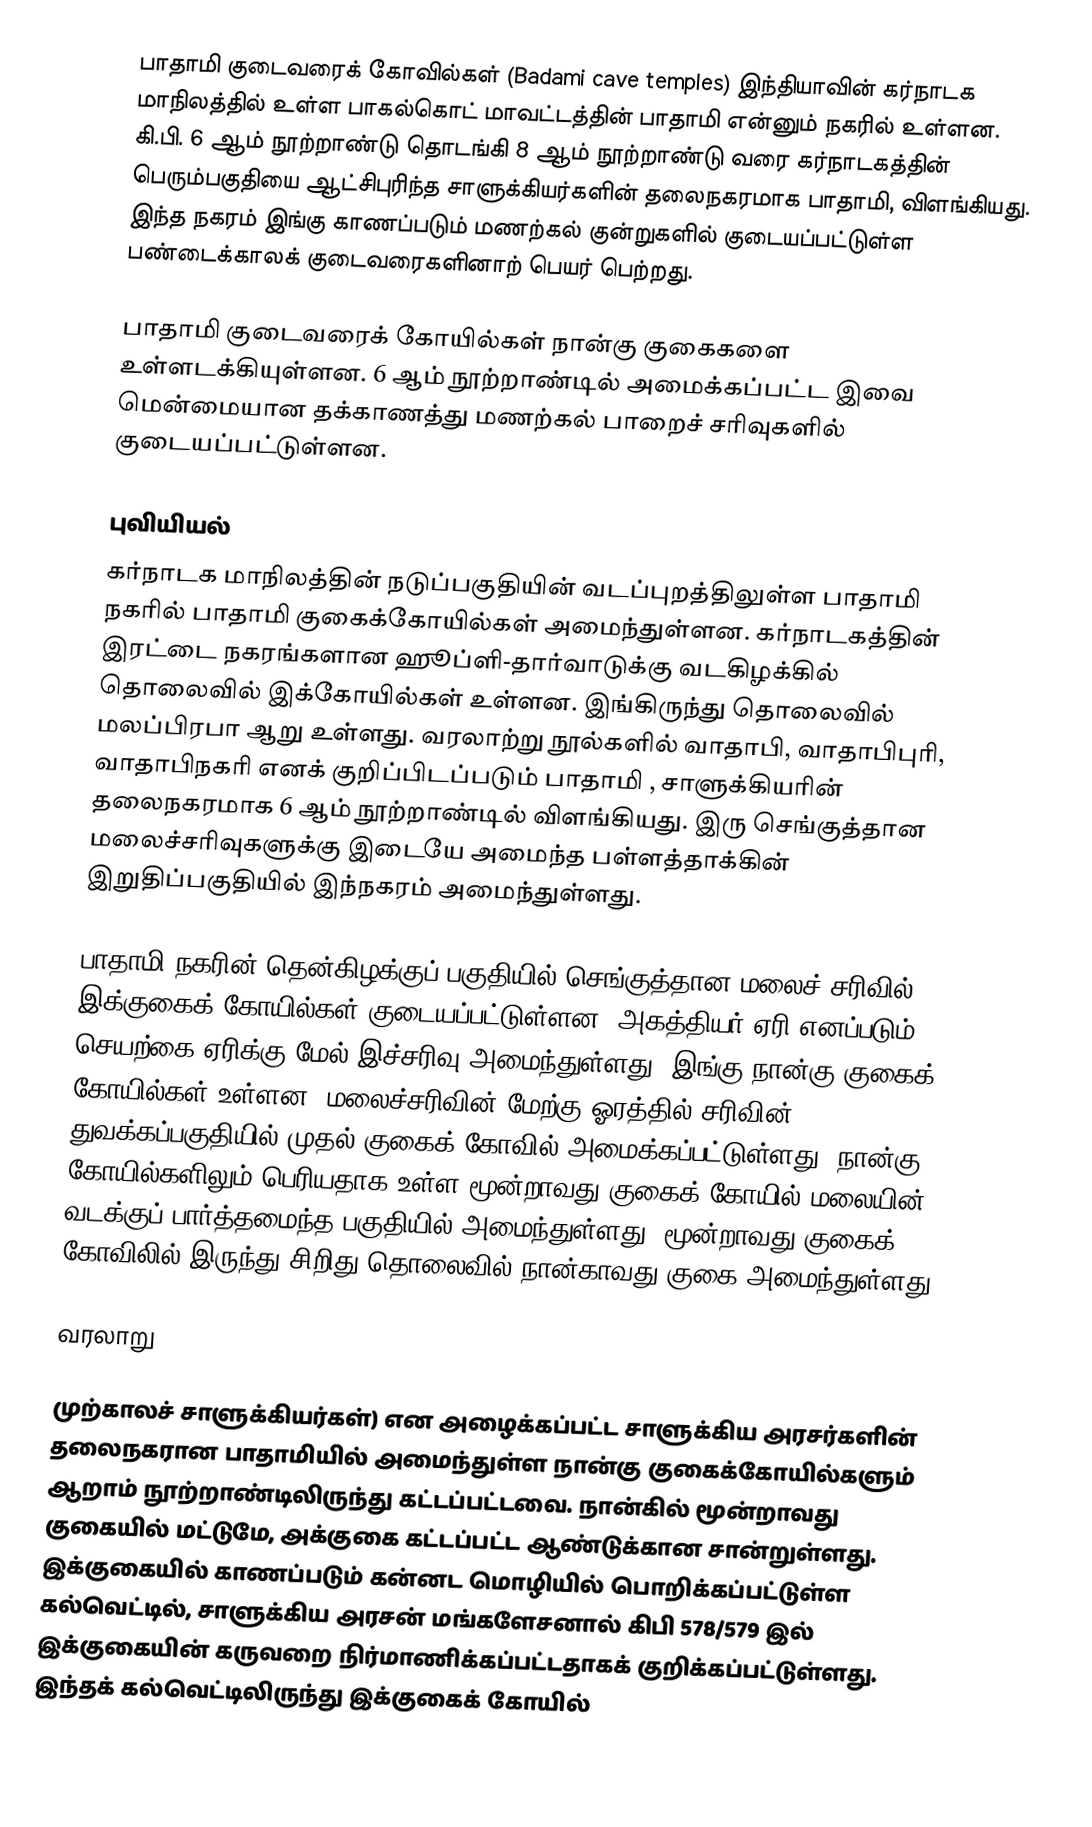
பாதாமி குடைவரைக் கோவில்கள் (Badami cave temples) இந்தியாவின் கர்நாடக மாநிலத்தில் உள்ள பாகல்கொட் மாவட்டத்தின் பாதாமி என்னும் நகரில் உள்ளன. கி.பி. 6 ஆம் நூற்றாண்டு தொடங்கி 8 ஆம் நூற்றாண்டு வரை கர்நாடகத்தின் பெரும்பகுதியை ஆட்சிபுரிந்த சாளுக்கியர்களின் தலைநகரமாக பாதாமி, விளங்கியது. இந்த நகரம் இங்கு காணப்படும் மணற்கல் குன்றுகளில் குடையப்பட்டுள்ள பண்டைக்காலக் குடைவரைகளினாற் பெயர் பெற்றது.

பாதாமி குடைவரைக் கோயில்கள் நான்கு குகைகளை உள்ளடக்கியுள்ளன. 6 ஆம் நூற்றாண்டில் அமைக்கப்பட்ட இவை மென்மையான தக்காணத்து மணற்கல் பாறைச் சரிவுகளில் குடையப்பட்டுள்ளன.

புவியியல்
கர்நாடக மாநிலத்தின் நடுப்பகுதியின் வடப்புறத்திலுள்ள பாதாமி நகரில் பாதாமி குகைக்கோயில்கள் அமைந்துள்ளன. கர்நாடகத்தின் இரட்டை நகரங்களான ஹூப்ளி-தார்வாடுக்கு வடகிழக்கில்  தொலைவில் இக்கோயில்கள் உள்ளன. இங்கிருந்து  தொலைவில் மலப்பிரபா ஆறு உள்ளது. வரலாற்று நூல்களில் வாதாபி, வாதாபிபுரி, வாதாபிநகரி எனக் குறிப்பிடப்படும் பாதாமி , சாளுக்கியரின் தலைநகரமாக 6 ஆம் நூற்றாண்டில் விளங்கியது. இரு செங்குத்தான மலைச்சரிவுகளுக்கு இடையே அமைந்த பள்ளத்தாக்கின் இறுதிப்பகுதியில் இந்நகரம் அமைந்துள்ளது.

பாதாமி நகரின் தென்கிழக்குப் பகுதியில் செங்குத்தான மலைச் சரிவில் இக்குகைக் கோயில்கள் குடையப்பட்டுள்ளன. அகத்தியர் ஏரி எனப்படும் செயற்கை ஏரிக்கு மேல் இச்சரிவு அமைந்துள்ளது. இங்கு நான்கு குகைக் கோயில்கள் உள்ளன. மலைச்சரிவின் மேற்கு ஓரத்தில் சரிவின் துவக்கப்பகுதியில் முதல் குகைக் கோவில் அமைக்கப்பட்டுள்ளது.  நான்கு கோயில்களிலும் பெரியதாக உள்ள மூன்றாவது குகைக் கோயில் மலையின் வடக்குப் பார்த்தமைந்த பகுதியில் அமைந்துள்ளது. மூன்றாவது குகைக் கோவிலில் இருந்து சிறிது தொலைவில் நான்காவது குகை அமைந்துள்ளது..

வரலாறு

முற்காலச் சாளுக்கியர்கள்) என அழைக்கப்பட்ட சாளுக்கிய அரசர்களின் தலைநகரான பாதாமியில் அமைந்துள்ள நான்கு குகைக்கோயில்களும் ஆறாம் நூற்றாண்டிலிருந்து கட்டப்பட்டவை. நான்கில் மூன்றாவது குகையில் மட்டுமே, அக்குகை கட்டப்பட்ட  ஆண்டுக்கான சான்றுள்ளது. இக்குகையில் காணப்படும் கன்னட மொழியில் பொறிக்கப்பட்டுள்ள கல்வெட்டில், சாளுக்கிய அரசன் மங்களேசனால் கிபி 578/579 இல்  இக்குகையின் கருவறை நிர்மாணிக்கப்பட்டதாகக் குறிக்கப்பட்டுள்ளது. இந்தக் கல்வெட்டிலிருந்து இக்குகைக் கோயில்